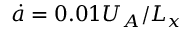
\dot { a } = 0 . 0 1 U _ { A } / L _ { x }